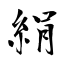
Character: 絹